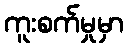
ကူးစက်မှုမှာ